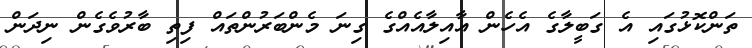
ތަންކޮޅުގައި އެ ގަބީލާގެ އެހެން އާއިލާއެއްގެ ގިނަ މެންބަރުންތައް ފިތި ބާރުވެގެން ނިދަން